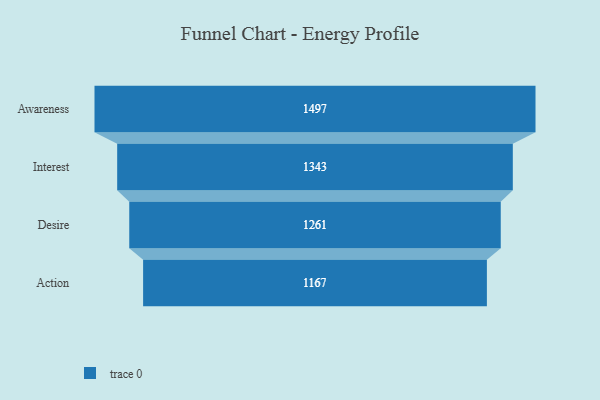
{"axis": {"x": "Stage", "y": "Value"}, "legend": [""], "data": [{"x": "Awareness", "y": 1497.0, "type": ""}, {"x": "Interest", "y": 1343.0, "type": ""}, {"x": "Desire", "y": 1261.0, "type": ""}, {"x": "Action", "y": 1167.0, "type": ""}]}